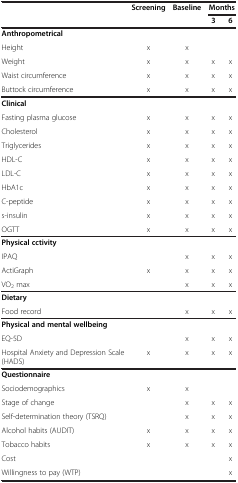
<table><thead><tr><td><b> </b></td><td><b>Screening</b></td><td><b>Baseline</b></td><td colspan="2"><b>Months</b></td></tr><tr><td><b> </b></td><td><b> </b></td><td><b> </b></td><td><b>3</b></td><td><b>6</b></td></tr></thead><tbody><tr><td colspan="5"><b>Anthropometrical</b></td></tr><tr><td>Height</td><td>x</td><td>x</td><td> </td><td> </td></tr><tr><td>Weight</td><td>x</td><td>x</td><td>x</td><td>x</td></tr><tr><td>Waist circumference</td><td>x</td><td>x</td><td>x</td><td>x</td></tr><tr><td>Buttock circumference</td><td>x</td><td>x</td><td>x</td><td>x</td></tr><tr><td colspan="5"><b>Clinical</b></td></tr><tr><td>Fasting plasma glucose</td><td>x</td><td>x</td><td>x</td><td>x</td></tr><tr><td>Cholesterol</td><td>x</td><td>x</td><td>x</td><td>x</td></tr><tr><td>Triglycerides</td><td>x</td><td>x</td><td>x</td><td>x</td></tr><tr><td>HDL-C</td><td>x</td><td>x</td><td>x</td><td>x</td></tr><tr><td>LDL-C</td><td>x</td><td>x</td><td>x</td><td>x</td></tr><tr><td>HbA1c</td><td>x</td><td>x</td><td>x</td><td>x</td></tr><tr><td>C-peptide</td><td>x</td><td>x</td><td>x</td><td>x</td></tr><tr><td>s-insulin</td><td>x</td><td>x</td><td>x</td><td>x</td></tr><tr><td>OGTT</td><td>x</td><td>x</td><td>x</td><td>x</td></tr><tr><td colspan="5"><b>Physical cctivity</b></td></tr><tr><td>IPAQ</td><td> </td><td>x</td><td>x</td><td>x</td></tr><tr><td>ActiGraph</td><td>x</td><td>x</td><td>x</td><td>x</td></tr><tr><td>VO<sub>2</sub> max</td><td> </td><td>x</td><td>x</td><td>x</td></tr><tr><td colspan="5"><b>Dietary</b></td></tr><tr><td>Food record</td><td> </td><td>x</td><td>x</td><td>x</td></tr><tr><td colspan="5"><b>Physical and mental wellbeing</b></td></tr><tr><td>EQ-5D</td><td> </td><td>x</td><td>x</td><td>x</td></tr><tr><td>Hospital Anxiety and Depression Scale</td><td>x</td><td>x</td><td>x</td><td>x</td></tr><tr><td>(HADS)</td><td> </td><td> </td><td> </td><td> </td></tr><tr><td colspan="5"><b>Questionnaire</b></td></tr><tr><td>Sociodemographics</td><td>x</td><td>x</td><td> </td><td> </td></tr><tr><td>Stage of change</td><td> </td><td>x</td><td>x</td><td>x</td></tr><tr><td>Self-determination theory (TSRQ)</td><td> </td><td>x</td><td>x</td><td>x</td></tr><tr><td>Alcohol habits (AUDIT)</td><td>x</td><td>x</td><td>x</td><td>x</td></tr><tr><td>Tobacco habits</td><td>x</td><td>x</td><td>x</td><td>x</td></tr><tr><td>Cost</td><td> </td><td> </td><td> </td><td>x</td></tr><tr><td>Willingness to pay (WTP)</td><td> </td><td> </td><td> </td><td>x</td></tr></tbody></table>